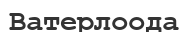
Ватерлоода